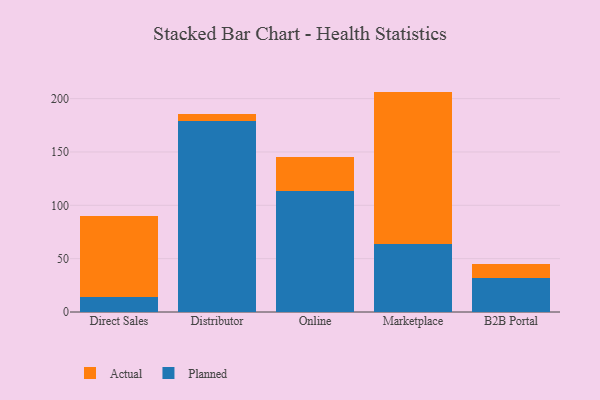
{"axis": {"x": "Channel", "y": "Operating Costs (USD K)"}, "legend": ["Actual", "Planned"], "data": [{"x": "Direct Sales", "y": 14.4, "type": "Planned"}, {"x": "Direct Sales", "y": 75.6, "type": "Actual"}, {"x": "Distributor", "y": 178.8, "type": "Planned"}, {"x": "Distributor", "y": 6.9, "type": "Actual"}, {"x": "Online", "y": 113.4, "type": "Planned"}, {"x": "Online", "y": 31.7, "type": "Actual"}, {"x": "Marketplace", "y": 63.7, "type": "Planned"}, {"x": "Marketplace", "y": 142.9, "type": "Actual"}, {"x": "B2B Portal", "y": 31.8, "type": "Planned"}, {"x": "B2B Portal", "y": 12.9, "type": "Actual"}]}